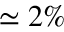
\simeq 2 \%